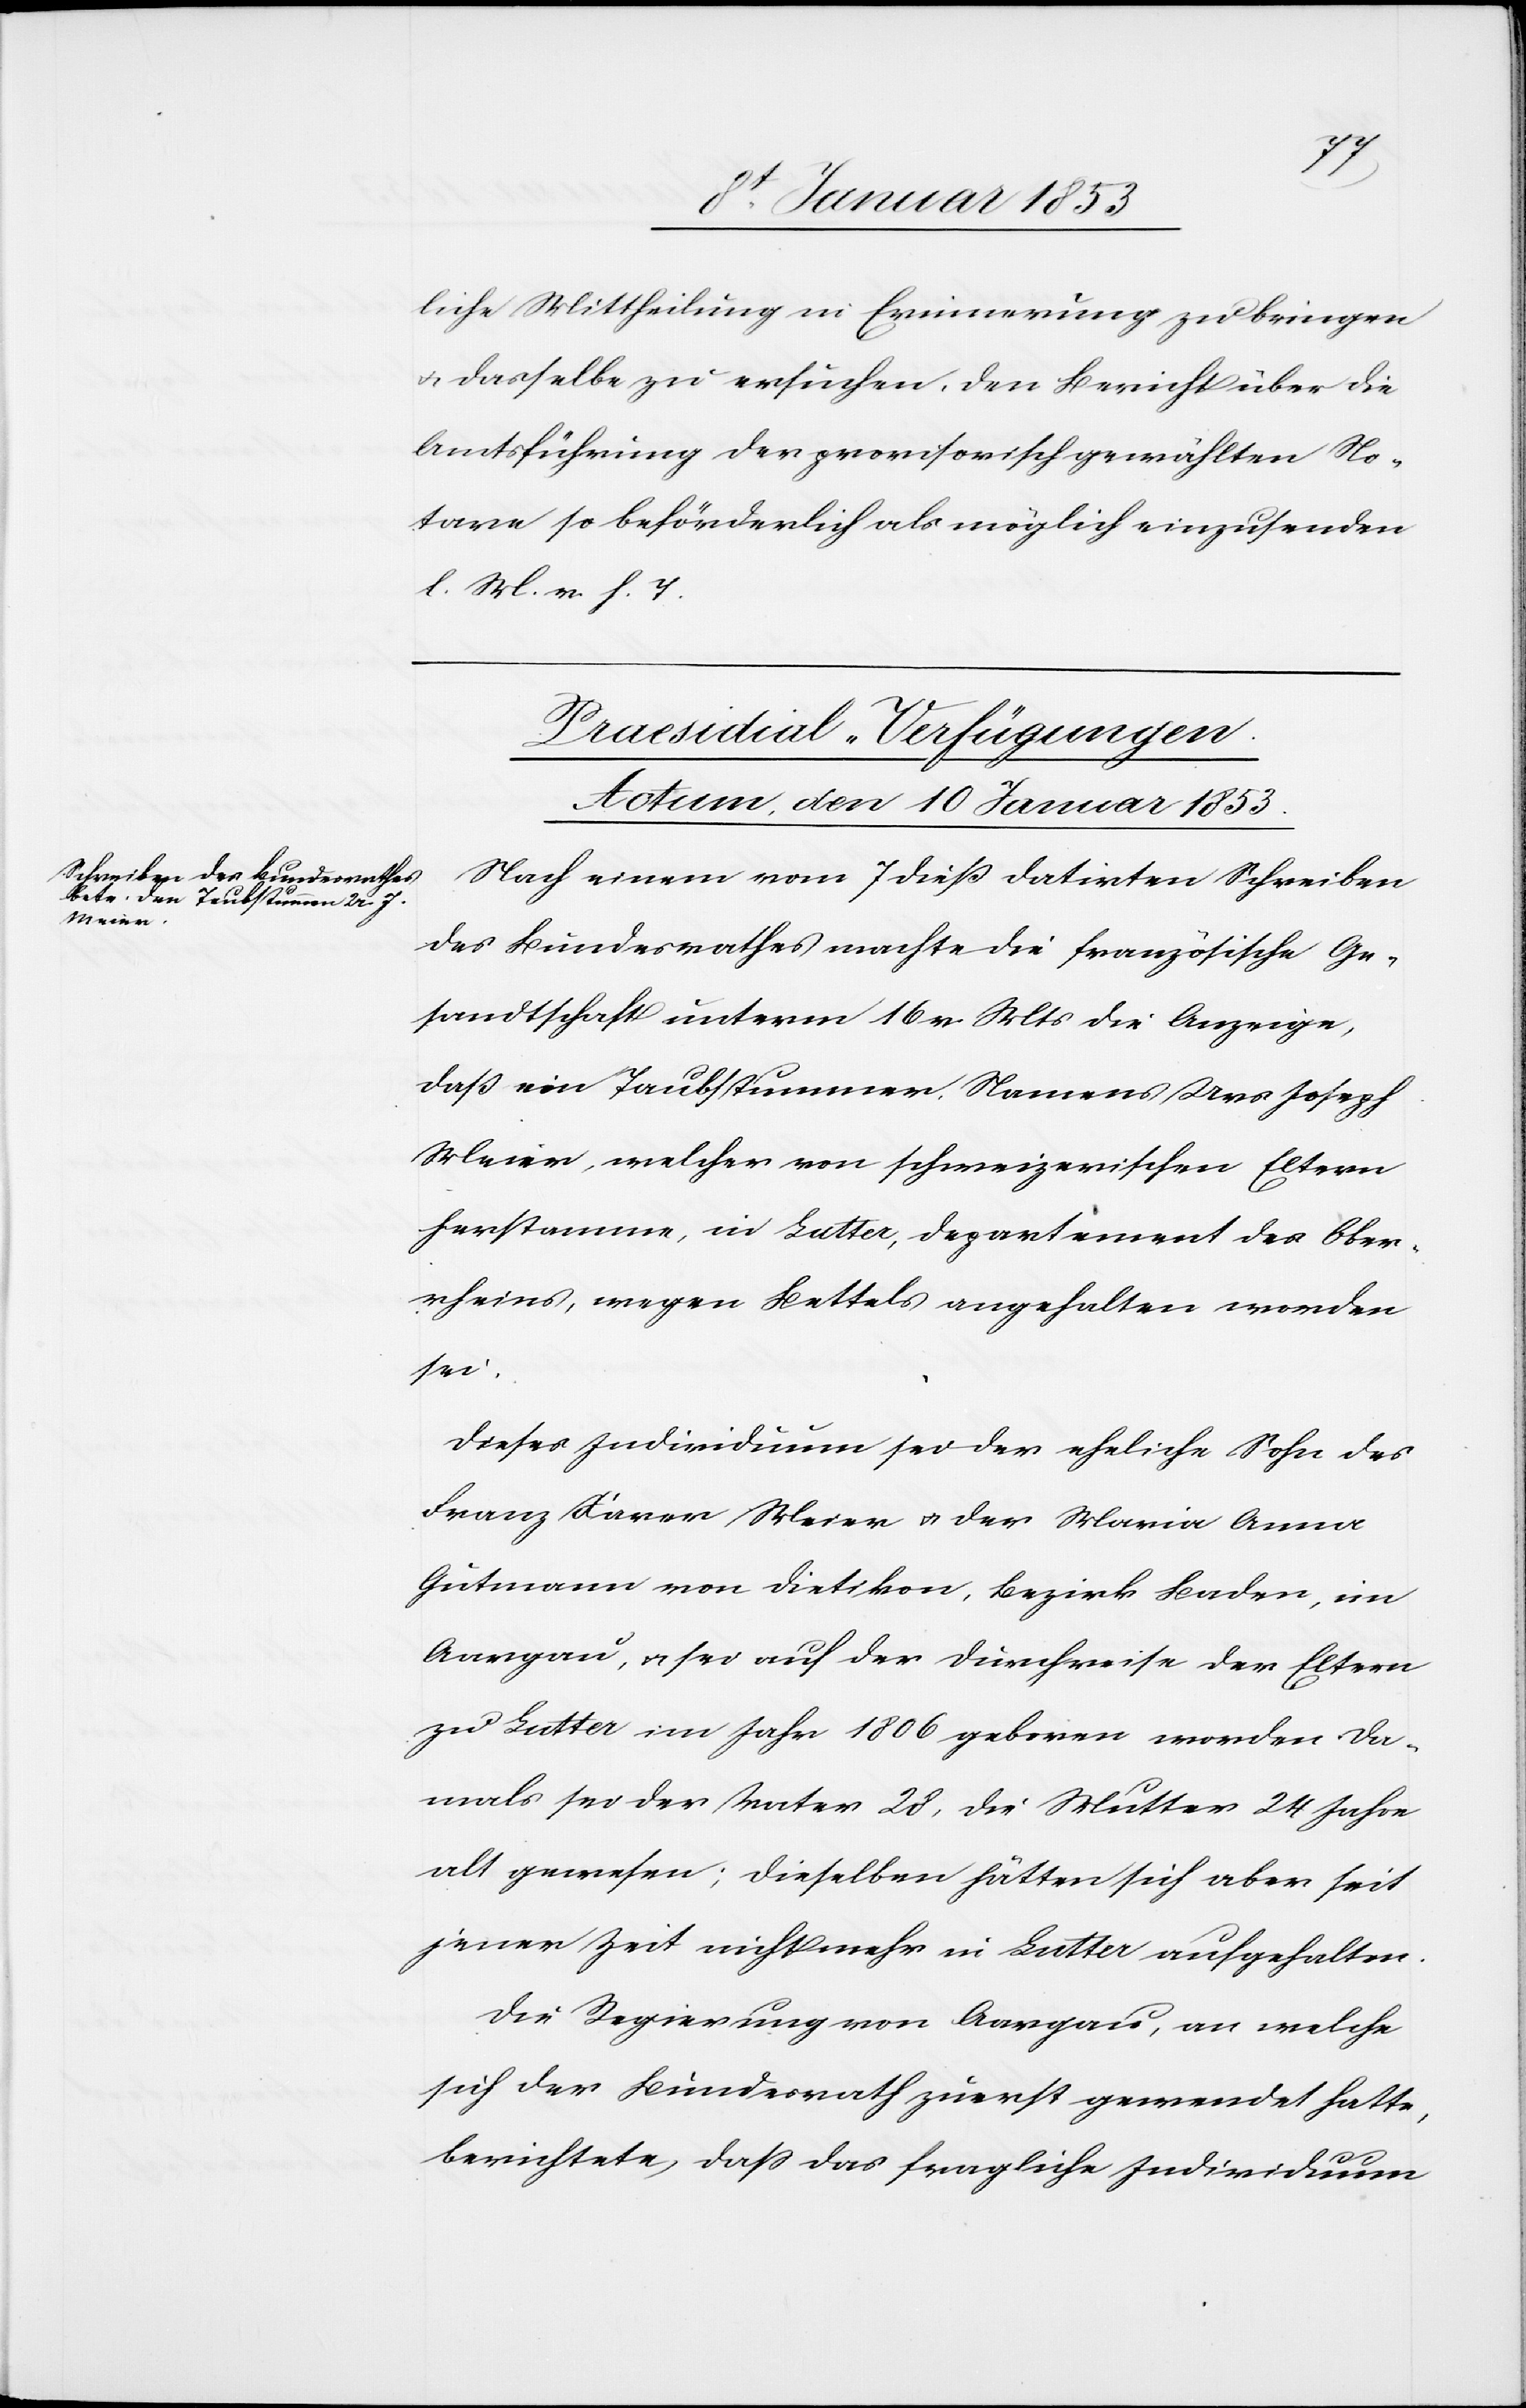
liche Mittheilung in Erinnerung zu bringen
u. dasselbe zu ersuchen, dem Bericht über die
Amtsführung der provisorisch gewählten No¬
tare so beförderlich als möglich einzusenden
l. M. v. h. T
Praesidial-Verfügungen
Actum, den 10 Januar 1853.
Nach einem von 7 dieß datirten Schreiben
des Bundesrathes machte die französische Ge¬
sandtschaft unterm 16 v. Mts. die Anzeige,
dass ein Taubstummer Namens Urs Joseph
Meier, welcher von schweizerischen Eltern
herstamme, in Latter, Departement des Ober¬
rheines, wegen Bettels angehalten worden
sei.
Dieses Individuum sei der eheliche Sohn des
Franz Xaver Meier u. der Maria Anna
Gutmann von Dietikon, Bezirk Baden, im
Aargau, u. sei auf der Durchreise der Eltern
zu Latter im Jahr 1806 geboren worden da¬
mals sei der Vater 28, die Mutter 24 Jahre
alt gewesen; dieselben hätten sich aber seit
jener Zeit nicht mehr in Latter aufgehalten.
Die Regierung von Aargau, an welche
sich der Bundesrath zuerst gewendet hatte,
berichtete, dass das fragliche Individuum